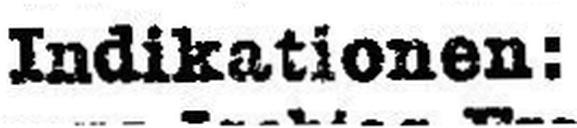
Indikationen: